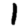
Digit: 1